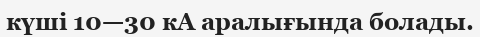
күші 10—30 кА аралығында болады.